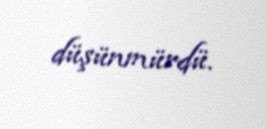
düşünmürdü.